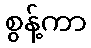
စွန့်ကာ